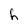
Character: h